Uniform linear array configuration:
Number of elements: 12
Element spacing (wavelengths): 0.25
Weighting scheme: blackman
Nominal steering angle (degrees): -60
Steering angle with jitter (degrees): -59.287
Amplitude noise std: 0.05
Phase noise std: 0.05

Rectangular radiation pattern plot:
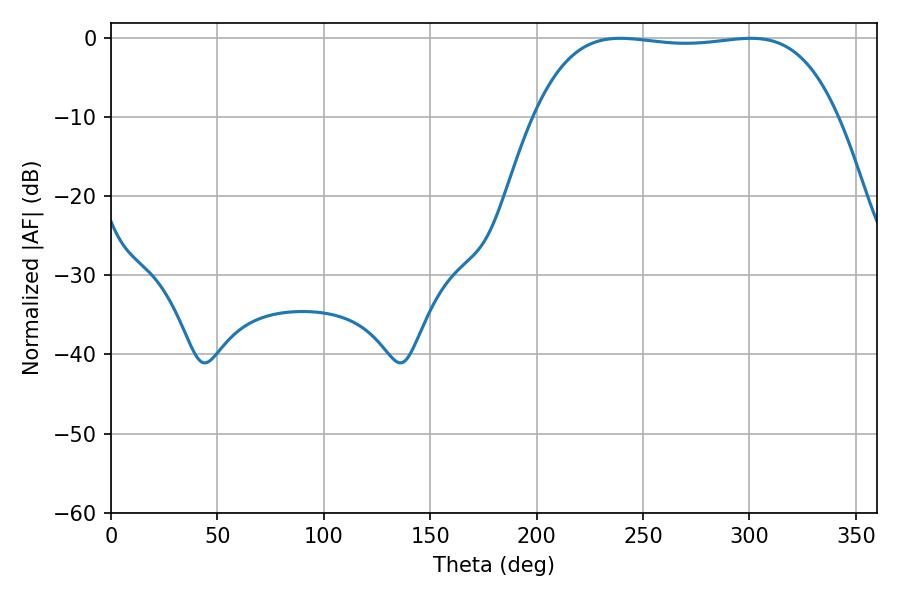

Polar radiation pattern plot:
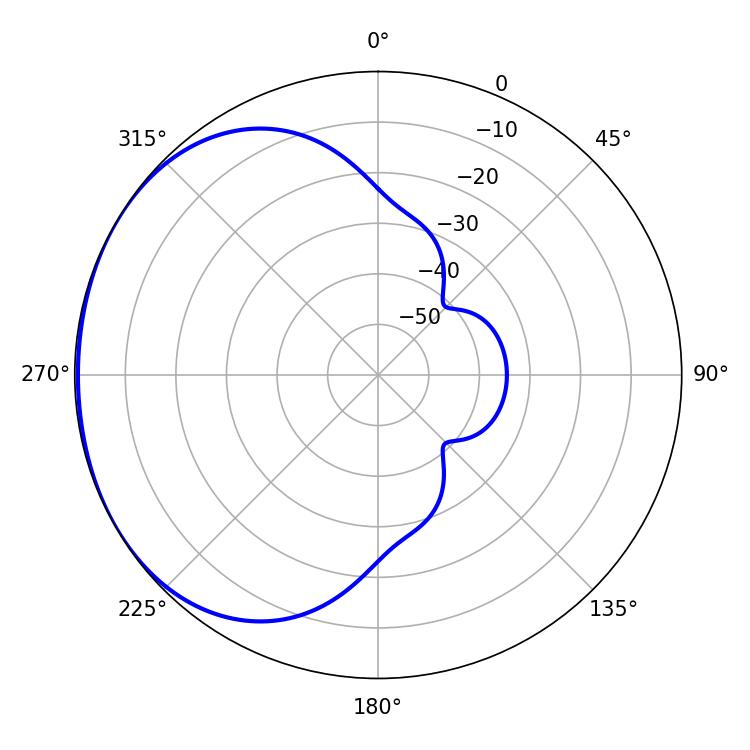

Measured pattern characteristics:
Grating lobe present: FALSE
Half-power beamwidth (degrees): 112.32
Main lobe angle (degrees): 239.4